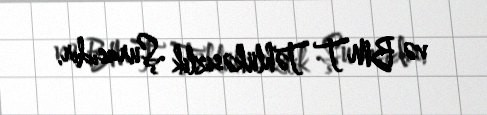
və BMT Təhlükəsizlik Şurasıdır.